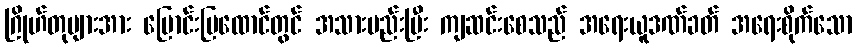
ဂြိုဟ်တုများအား မြောင်းမြထောင်တွင် အသားမည်းပြီး ကျဆင်းစေသည် အရေးယူဒဏ်ခတ် အရေးစိုက်သော